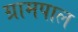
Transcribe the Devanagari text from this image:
ग्रामपाल